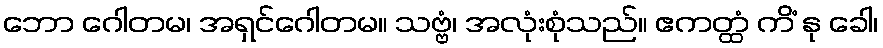
ဘော ဂေါတမ၊ အရှင်ဂေါတမ။ သဗ္ဗံ၊ အလုံးစုံသည်။ ဧကတ္ထံ ကိံ နု ခေါ၊